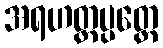
အရဟတ္တပ္ပတ္တေ